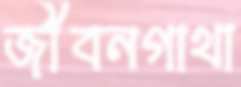
জীবনগাথা